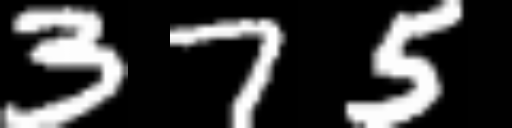
Text: 375